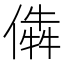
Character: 𠎔